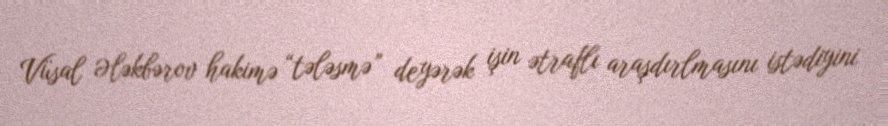
Vüsal Ələkbərov hakimə “tələsmə” deyərək işin ətraflı araşdırlmasını istədiyini